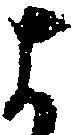
よ